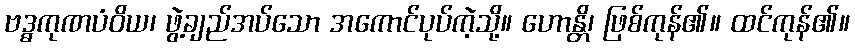
ဗဒ္ဓကုဏပံဝိယ၊ ဖွဲ့ချည်အပ်သော အကောင်ပုပ်ကဲ့သို့။ ဟောန္တိ၊ ဖြစ်ကုန်၏။ ထင်ကုန်၏။